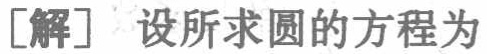
[解] 设所求圆的方程为